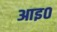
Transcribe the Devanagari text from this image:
आइ०